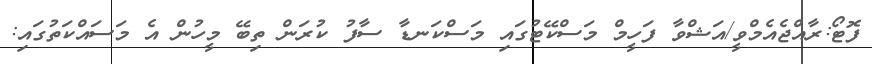
ފޮޓޯ:ރާއްޖެއެމްވީ/އަޝްވާ ފަހީމް މަަސްކޭޓުގައި މަސްކަނޑާ ސާފު ކުރަން ތިބޭ މީހުން އެ މަސައްކަތުގައި: